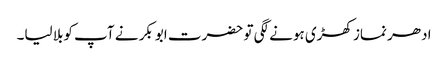
ادھر نماز کھڑی ہونے لگی تو حضرت ابوبکر نے آپ کوبلا لیا۔